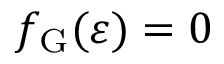
f _ { \mathrm { G } } ( \varepsilon ) = 0